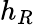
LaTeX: h_{R}